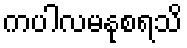
ကပါလမနုစရသိ